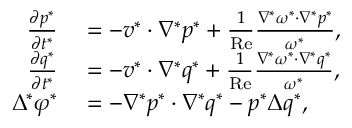
\begin{array} { r l } { \frac { \partial p ^ { * } } { \partial t ^ { * } } } & { { } = - \boldsymbol { v ^ { * } } \cdot \nabla ^ { * } p ^ { * } + \frac { 1 } { \mathrm { R e } } \frac { \nabla ^ { * } \omega ^ { * } \cdot \nabla ^ { * } p ^ { * } } { \omega ^ { * } } , } \\ { \frac { \partial q ^ { * } } { \partial t ^ { * } } } & { { } = - \boldsymbol { v ^ { * } } \cdot \nabla ^ { * } q ^ { * } + \frac { 1 } { \mathrm { R e } } \frac { \nabla ^ { * } \omega ^ { * } \cdot \nabla ^ { * } q ^ { * } } { \omega ^ { * } } , } \\ { \Delta ^ { * } \varphi ^ { * } } & { { } = - \nabla ^ { * } p ^ { * } \cdot \nabla ^ { * } q ^ { * } - p ^ { * } \Delta q ^ { * } , } \end{array}